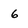
Character: 6